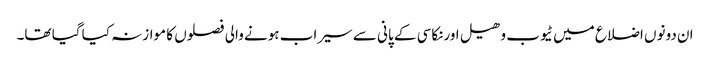
ان دونوں اضلاع میں ٹیوب وھیل اورنکاسی کے پانی سے سیراب ہونے والی فصلوں کا موازنہ کیا گیا تھا۔